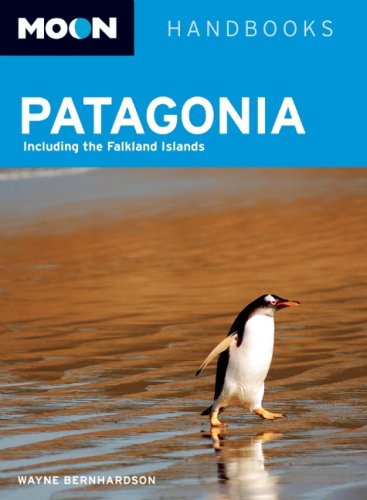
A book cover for Moon Patagonia (Moon Handbooks); Wayne Bernhardson; Travel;